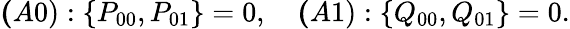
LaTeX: \begin{array}{r}{{\mathbf(A0)}:\{ P_{00},P_{01}\} =0,~~~~{\mathbf(A1)}:\{ Q_{00},Q_{01}\} =0.}\end{array}